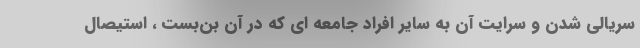
سریالی شدن و سرایت آن به سایر افراد جامعه ای که در آن بن‌بست ، استیصال